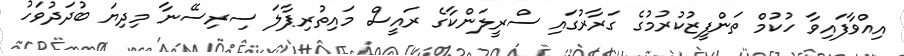
އިއްވާފައިވާ ހުކުމް ތަންފީޒުކުރުމުގެ ގަރާރުގައި ސްރީލަންކާގެ ރައީސް މައިތުރިޕާލަ ސިރިސޭނާ މިދިޔަ ބުދަދުވަހު